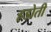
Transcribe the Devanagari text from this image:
हडोती